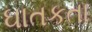
ઘાતકતા